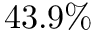
4 3 . 9 \%